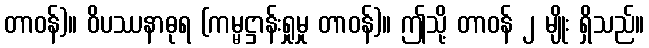
တာဝန်)။ ဝိပဿနာဓုရ (ကမ္မဋ္ဌာန်းရှုမှု တာဝန်)။ ဤသို့ တာဝန် ၂ မျိုး ရှိသည်။